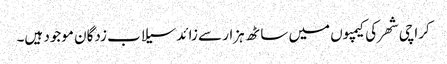
کراچی شھر کی کیمپوں میں ساٹھ ہزار سے زائد سیلاب زدگان موجود ہیں۔